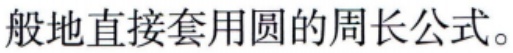
般地直接套用圆的周长公式。